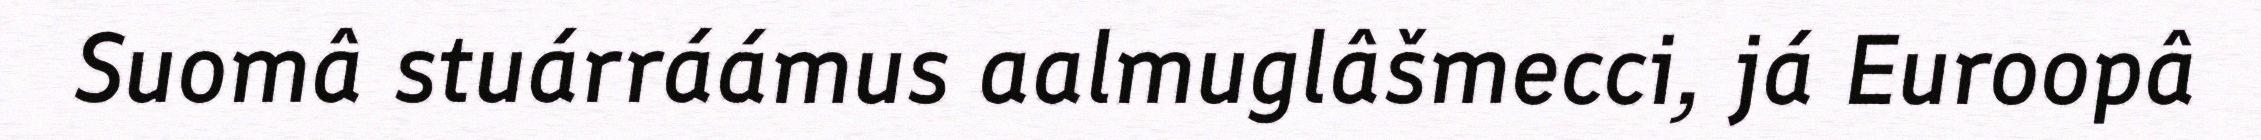
Suomâ stuárráámus aalmuglâšmecci, já Euroopâ